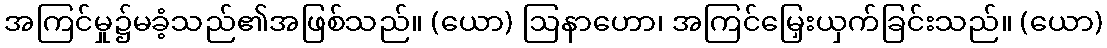
အကြင်မှု၌မခံ့သည်၏အဖြစ်သည်။ (ယော) ဩနာဟော၊ အကြင်မြှေးယှက်ခြင်းသည်။ (ယော)